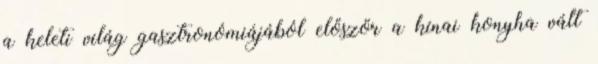
a keleti világ gasztronómiájából először a kínai konyha vált